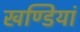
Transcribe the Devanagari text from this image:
खण्डियां